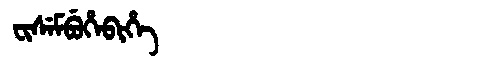
Manchu: ᠸᡳᠰᡝᠮᠪᡠᡥᡝᠪᡳᡥᡝ
Romanization: FISEMBUHEBIHE